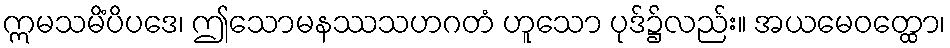
ဣမသမိံပိပဒေ၊ ဤသောမနဿသဟဂတံ ဟူသော ပုဒ်၌လည်း။ အယမေဝတ္ထော၊